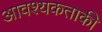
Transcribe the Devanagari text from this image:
आवश्‍यकताकी